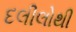
દલીલોથી